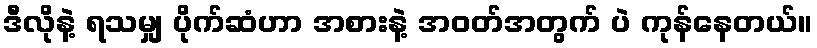
ဒီလိုနဲ့ ရသမျှ ပိုက်ဆံဟာ အစားနဲ့ အဝတ်အတွက် ပဲ ကုန်နေတယ်။